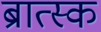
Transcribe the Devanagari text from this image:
ब्रात्स्क